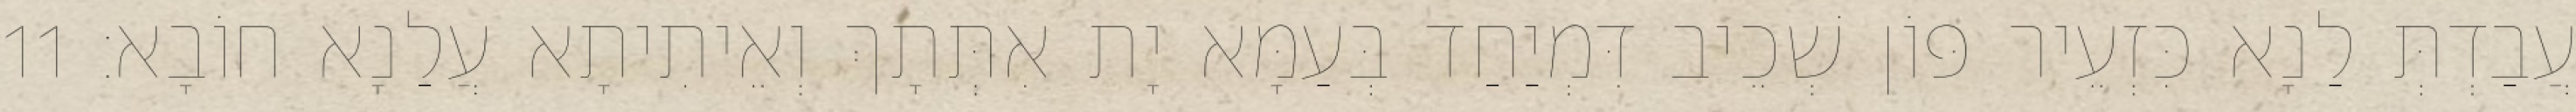
עֲבַדְתְּ לַנָא כִּזְעֵיר פּוֹן שְׁכֵיב דִּמְיַחַד בְּעַמָּא יָת אִתְּתָךְ וְאֵיתִיתָא עֲלַנָא חוֹבָא׃ 11